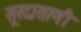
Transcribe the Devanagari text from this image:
सूरदासाणी